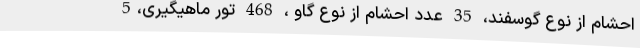
احشام از نوع گوسفند، 35 عدد احشام از نوع گاو ، 468 تور ماهیگیری،5